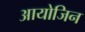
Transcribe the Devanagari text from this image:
आयोजिन